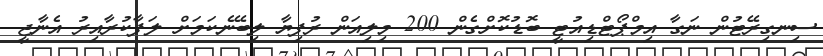
ސިނގިރޭޓުން ނަގާ އިމްޕޯޓްޑިއުޓީ ބޮޑުކޮށްގެން 200 މިލިއަން ރުފިޔާ ލިބޭނެކަމަށް ލަފާކުރާއިރު އެނާޖީ